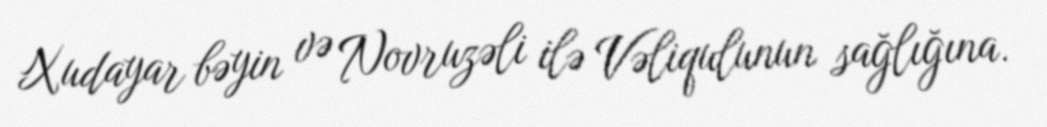
Xudayar bəyin və Novruzəli ilə Vəliqulunun sağlığına.